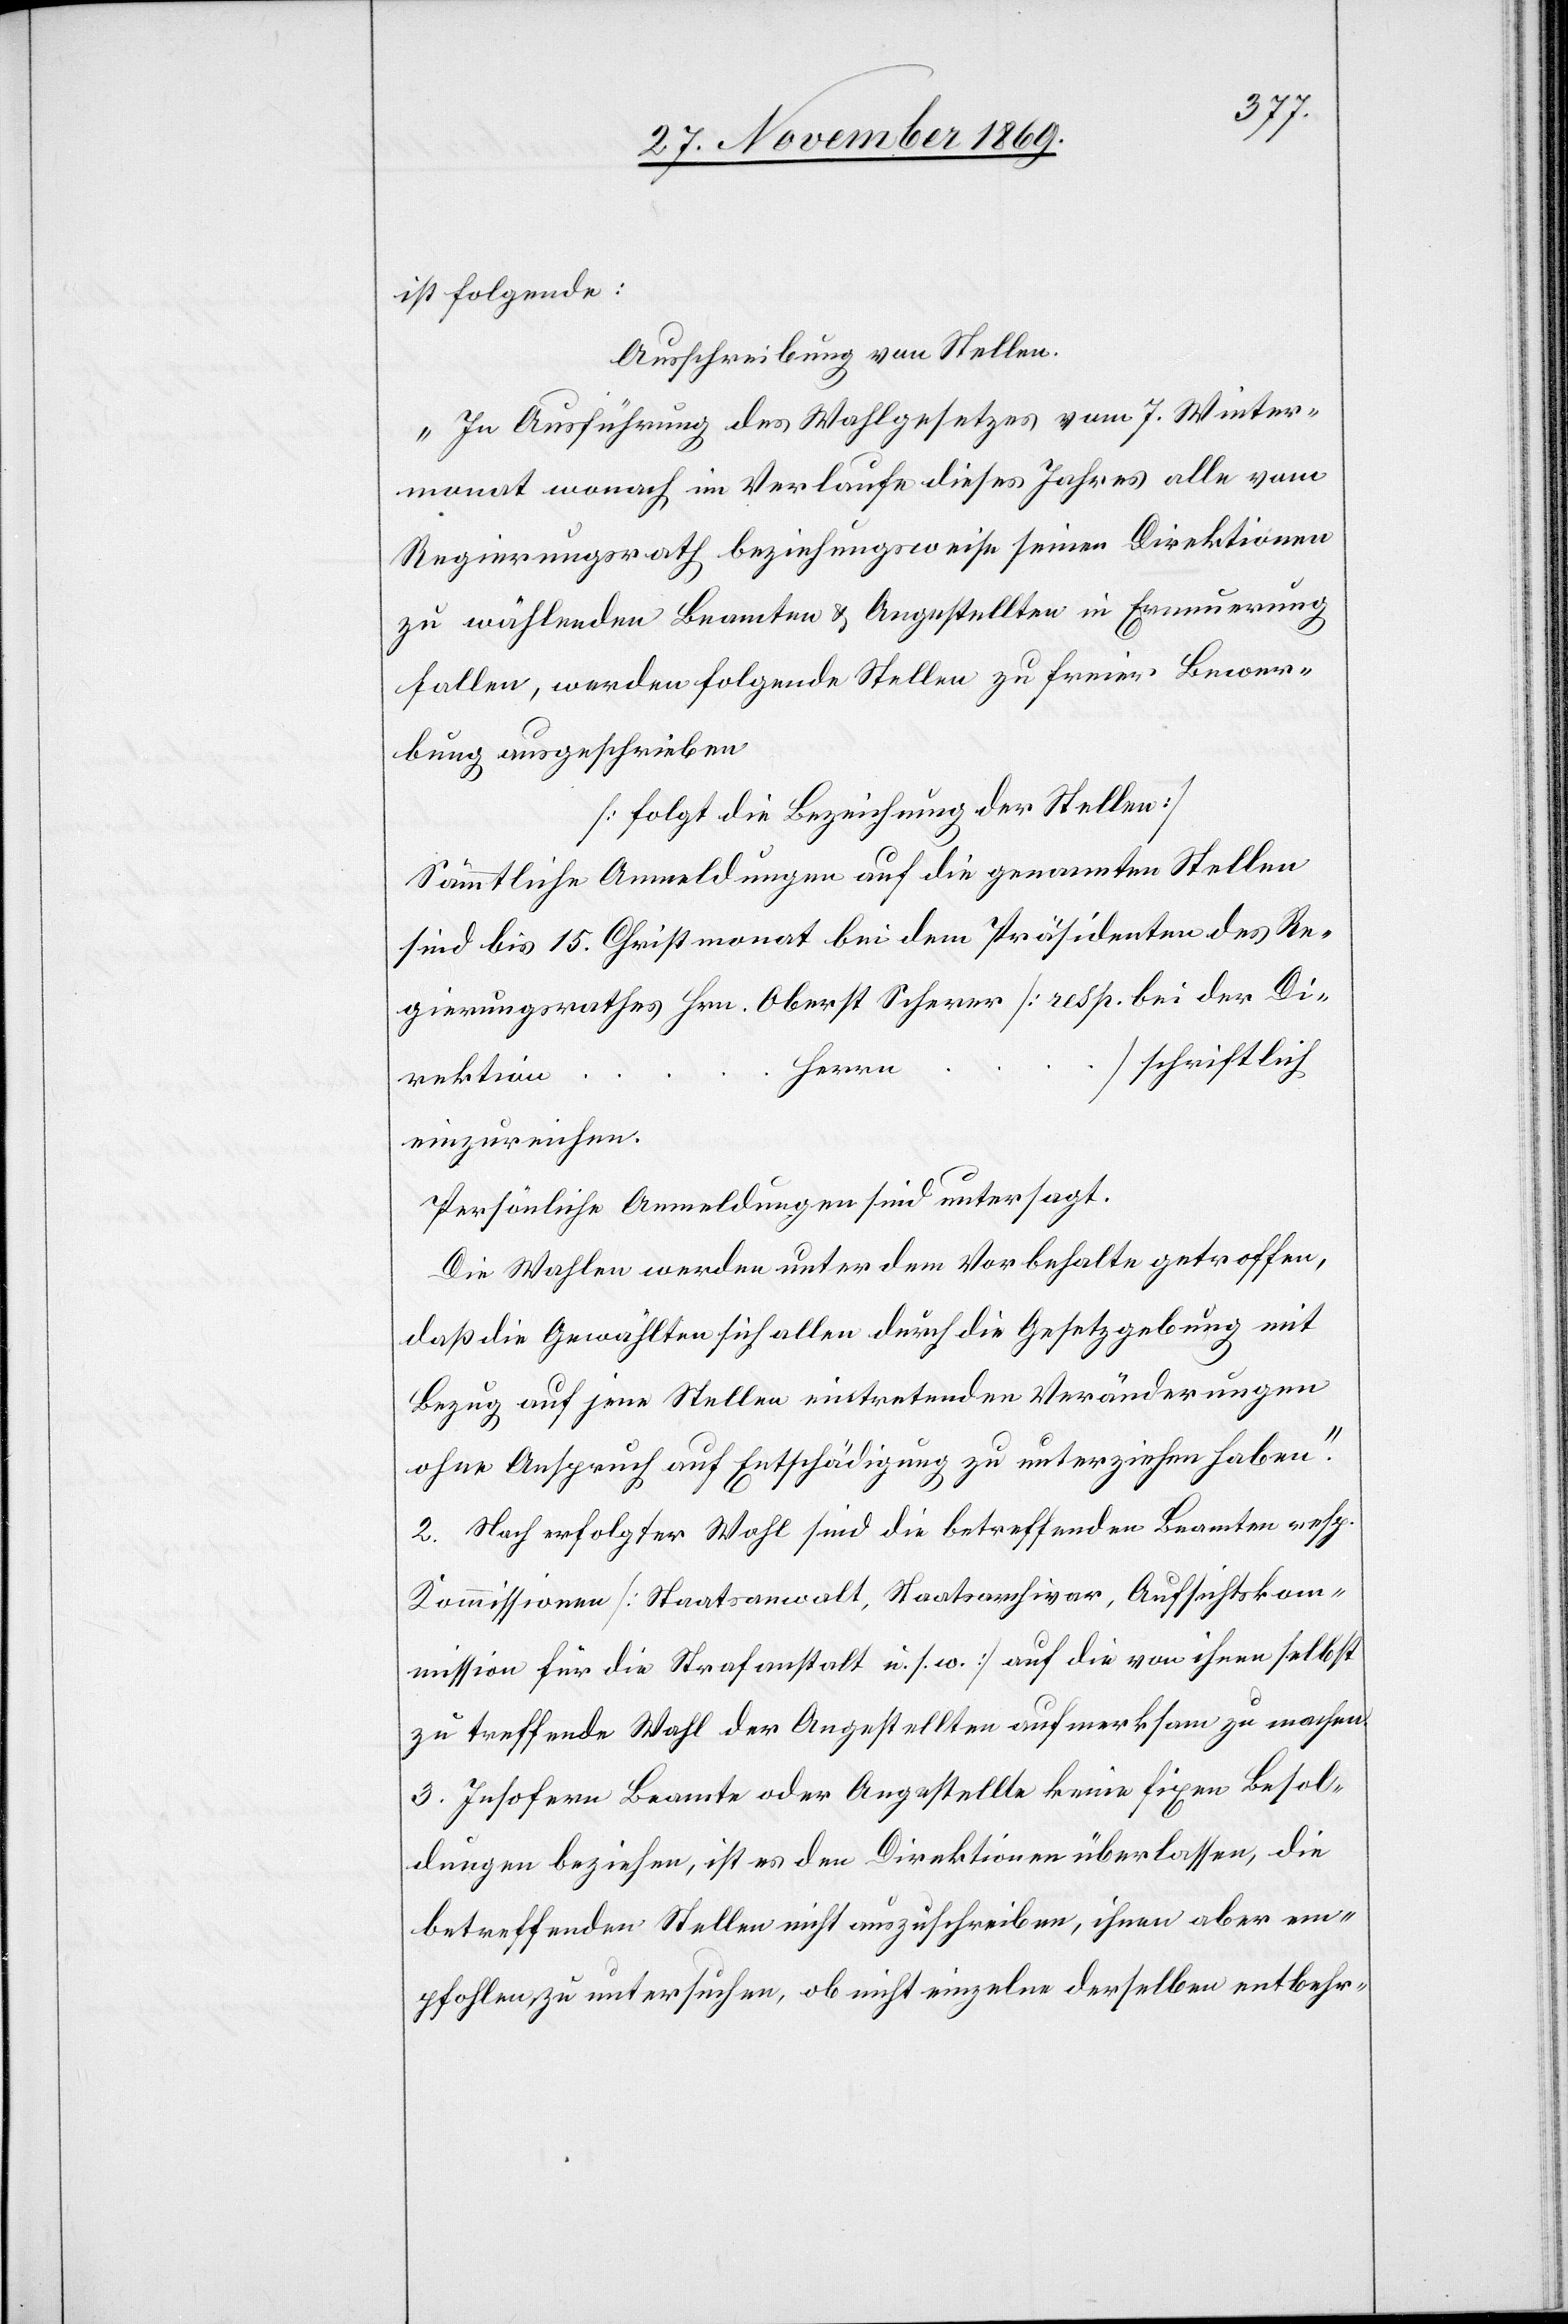
ist folgende:
Ausschreibung von Stellen.
„In Ausführung des Wahlgesetzes vom 7. Winter¬
monat wonach im Verlaufe dieses Jahres alle vom
Regierungsrath beziehungsweise seinen Direktionen
zu wählenden Beamten & Angestellten in Erneuerung
fallen, werden folgende Stellen zu freier Bewer¬
bung ausgeschrieben.
[folgt die Bezeichnung der Stellen]
Sämmtliche Anmeldungen auf die genannten Stellen
sind bis 15. Christmonat bei dem Präsidenten des Re¬
gierungsrathes Hrn. Oberst Scherer [resp. bei der Di¬
schriftlich
Herrn
rektion
einzureichen.
Persönliche Anmeldungen sind untersagt.
Die Wahlen werden unter dem Vorbehalte getroffen,
daß die Gewählten sich allen durch die Gesetzgebung mit
Bezug auf jene Stellen eintretenden Veränderungen
ohne Anspruch auf Entschädigung zu unterziehen haben.“
2. Nach erfolgter Wahl sind die betreffenden Beamten resp.
Kommissionen [Staatsanwalt, Staatsarchivar, Aufsichtskom¬
mission für die Strafanstalt u. s. w.] auf die von ihnen selbst
zu treffende Wahl der Angestellten aufmerksam zu machen.
3. Insofern Beamte oder Angestellte keine fixen Besol¬
dungen beziehen, ist es den Direktionen überlassen, die
betreffenden Stellen nicht auszuschreiben, ihnen aber em¬
pfohlen zu untersuchen, ob nicht einzelne derselben entbehr-